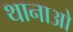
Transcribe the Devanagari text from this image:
थानाओ